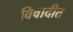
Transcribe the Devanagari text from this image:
विवादीत